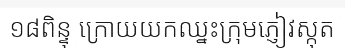
១៨ពិន្ទុ ក្រោយយកឈ្នះក្រុមភ្ញៀវស្កុត